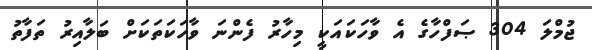
ޖުމްލަ 304 ޞަފްހާގެ އެ ވާހަކައަކީ މިހާރު ފެންނަ ވާހަކަތަކަށް ބަލާއިރު ތަފާތު